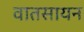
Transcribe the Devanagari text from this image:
वातसायन